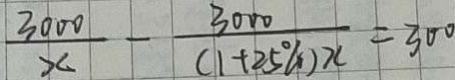
\frac { 3 0 0 0 } { x } - \frac { 3 0 0 0 } { ( 1 + 2 5 \% ) x } = 3 0 0